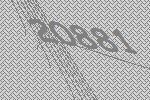
20881